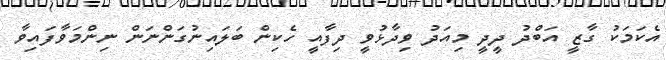
އެކަމަކު ގާޒީ އަބްދު ދީދީ މިއަދު ވިދާޅުވީ ދިފާއީ ހެކިން ބަލައިނުގަންނަން ނިންމަވާފައިވާ